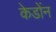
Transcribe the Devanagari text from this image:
केडोंन